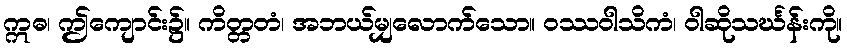
ဣဓ၊ ဤကျောင်း၌။ ကိတ္တတံ၊ အဘယ်မျှလောက်သော။ ဝဿဝါသိကံ၊ ဝါဆိုသင်္ဃန်းကို။